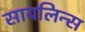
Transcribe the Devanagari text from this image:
सायलिन्स